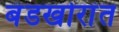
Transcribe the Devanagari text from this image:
बंडखोरांत